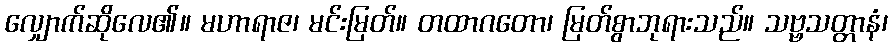
လျှောက်ဆိုလေ၏။ မဟာရာဇ၊ မင်းမြတ်။ တထာဂတော၊ မြတ်စွာဘုရားသည်။ သဗ္ဗသတ္တာနံ၊